Madras plague regulations and rules - Volume 1
Disease focus: Plague
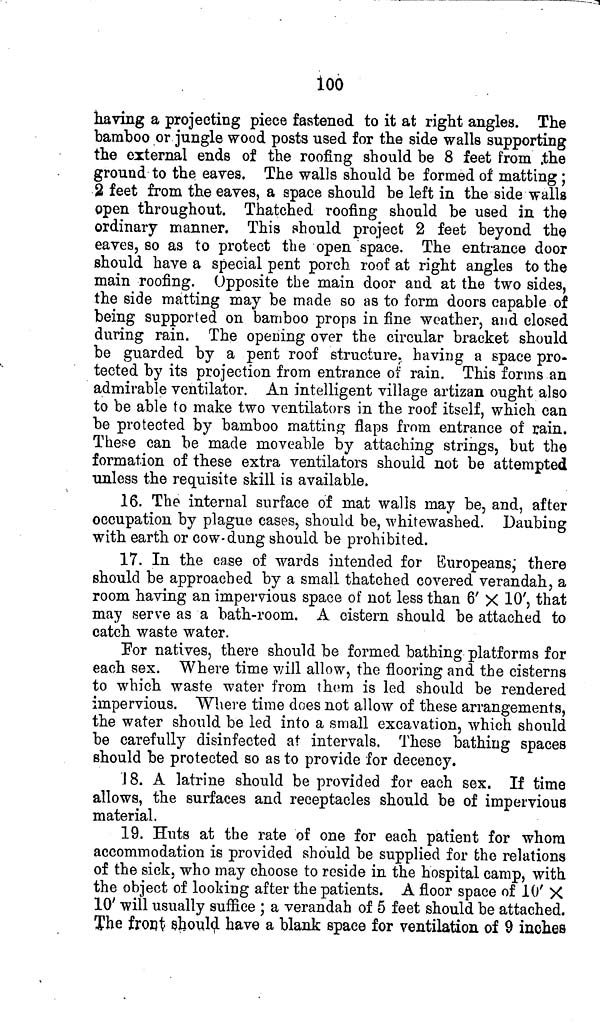
100
having a projecting piece fastened to it at right angles. The
bamboo or jungle wood posts used for the side walls supporting
the external ends of the roofing should be 8 feet from .the
ground to the eaves. The walls should be formed of matting ;
2 feet from the eaves, a space should be left in the side walls
open throughout. Thatched roofing should be used in the
ordinary manner. This should project 2 feet beyond the
eaves, so as to protect the open space. The entrance door
should have a special pent porch roof at right angles to the
main roofing. Opposite the main door and at the two sides,
the side matting may be made so as to form doors capable of
being supported on bamboo props in fine weather, and closed
during rain. The opening over the circular bracket should
be guarded by a pent roof structure, having a space pro-
tected by its projection from entrance of rain. This forms an
admirable ventilator. An intelligent village artizan ought also
to be able to make two ventilators in the roof itself, which can
be protected by bamboo matting flaps from entrance of rain.
These can be made moveable by attaching strings, but the
formation of these extra ventilators should not be attempted
unless the requisite skill is available.
16. The internal surface of mat walls may be, and, after
occupation by plague cases, should be, whitewashed. Daubing
with earth or cow dung should be prohibited.
17. In the case of wards intended for Europeans, there
should be approached by a small thatched covered verandah, a
room having an impervious space of not less than 6' X 10', that
may serve as a bath-room. A cistern should be attached to
catch waste water.
For natives, there should be formed bathing platforms for
each sex. Where time will allow, the flooring and the cisterns
to which waste water from them is led should be rendered
impervious. Where time does not allow of these arrangements,
the water should be led into a small excavation, which should
be carefully disinfected at intervals. These bathing spaces
should be protected so as to provide for decency.
18. A latrine should be provided for each sex. If time
allows, the surfaces and receptacles should be of impervious
material.
19. Huts at the rate of one for each patient for whom
accommodation is provided should be supplied for the relations
of the sick, who may choose to reside in the hospital camp, with
the object of looking after the patients. A floor space of 10' X
10' will usually suffice ; a verandah of 5 feet should be attached.
The front should have a blank space for ventilation of 9 inches